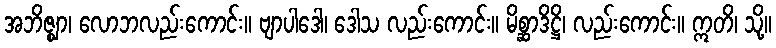
အဘိဇ္ဈာ၊ လောဘလည်းကောင်း။ ဗျာပါဒေါ၊ ဒေါသ လည်းကောင်း။ မိစ္ဆာဒိဋ္ဌိ၊ လည်းကောင်း။ ဣတိ၊ သို့။